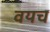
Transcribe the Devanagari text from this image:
वयच